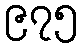
၉၇၅